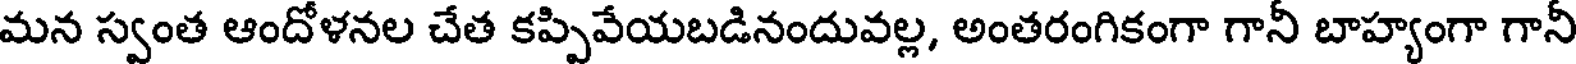
మన స్వంత ఆందోళనల చేత కప్పివేయబడినందువల్ల, అంతరంగికంగా గానీ బాహ్యంగా గానీ